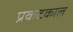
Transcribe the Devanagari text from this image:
प्रकटकाल